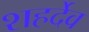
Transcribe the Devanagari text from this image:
शहर्देव